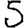
Digit: 5